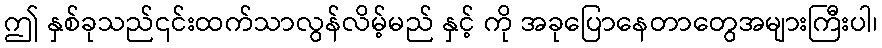
ဤ နှစ်ခုသည်၎င်းထက်သာလွန်လိမ့်မည် နှင့် ကို အခုပြောနေတာတွေအများကြီးပါ၊